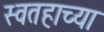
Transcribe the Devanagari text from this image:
स्वतहाच्या